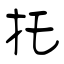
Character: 托